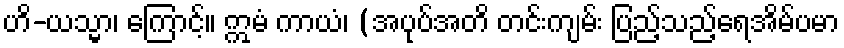
ဟိ-ယသ္မာ၊ ကြောင့်။ ဣမံ ကာယံ၊ (အပုပ်အတိ တင်းကျမ်း ပြည့်သည့်ရေအိမ်ပမာ